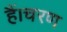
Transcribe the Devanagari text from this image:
हैं।चरण